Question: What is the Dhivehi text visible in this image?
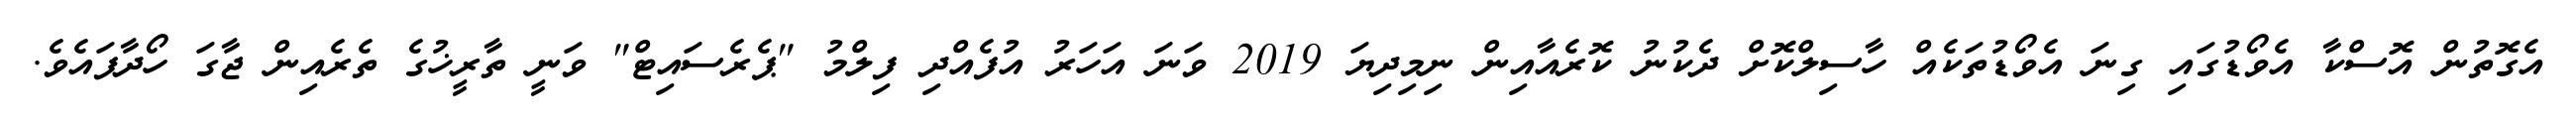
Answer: އެގޮތުން އޮސްކާ އެވޯޑުގައި ގިނަ އެވޯޑުތަކެއް ހާސިލްކޮށް ދެކުނު ކޮރެއާއިން ނިމިދިޔަ 2019 ވަނަ އަހަރު އުފެއްދި ފިލްމު "ޕެރެސައިޓް" ވަނީ ތާރީޚުގެ ތެރެއިން ޖާގަ ހޯދާފައެވެ.